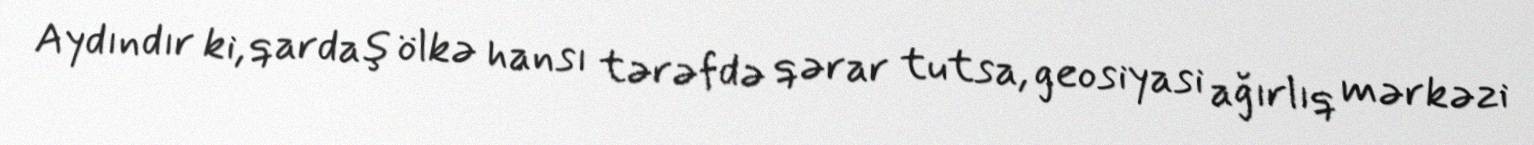
Aydındır ki, qardaş ölkə hansı tərəfdə qərar tutsa, geosiyasi ağırlıq mərkəzi